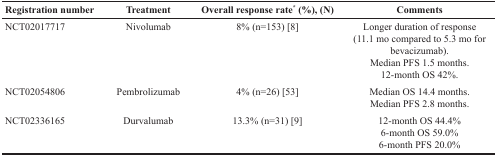
<table><thead><tr><td><b>Registration number</b></td><td><b>Treatment</b></td><td><b>Overall response rate<sup>*</sup> (%), (N)</b></td><td><b>Comments</b></td></tr></thead><tbody><tr><td>NCT02017717</td><td>Nivolumab</td><td>8% (n=153) [8]</td><td>Longer duration of response (11.1 mo compared to 5.3 mo for bevacizumab).Median PFS 1.5 months.12-month OS 42%.</td></tr><tr><td>NCT02054806</td><td>Pembrolizumab</td><td>4% (n=26) [53]</td><td>Median OS 14.4 months.Median PFS 2.8 months.</td></tr><tr><td>NCT02336165</td><td>Durvalumab</td><td>13.3% (n=31) [9]</td><td>12-month OS 44.4%6-month OS 59.0%6-month PFS 20.0%</td></tr></tbody></table>